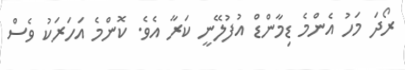
ރޯދަ މަހު އެންމެ ޑިމާންޑް އުފުލޭނީ ކަރާ އެވެ. ކޮންމެ އަހަރަކު ވެސް